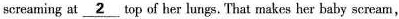
screaming at \underline{2} top of her lungs. That makes her baby scream,